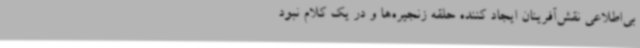
بی‌اطلاعی نقش‌آفرینان ایجاد کننده حلقه زنجیره‌ها و در یک کلام نبود